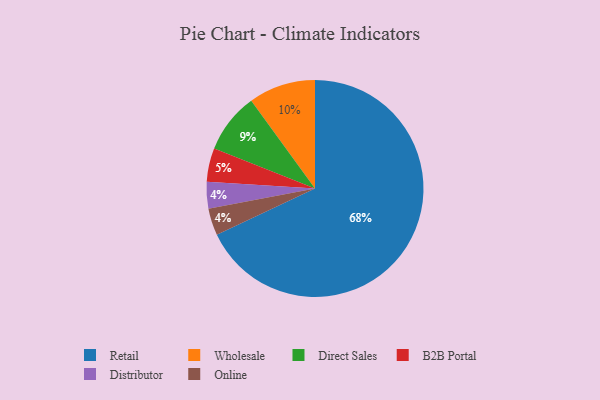
{"axis": {"x": "Category", "y": "Percentage"}, "legend": ["B2B Portal", "Direct Sales", "Distributor", "Online", "Retail", "Wholesale"], "data": [{"x": "Distributor", "y": 4, "type": "Distributor"}, {"x": "Wholesale", "y": 10, "type": "Wholesale"}, {"x": "B2B Portal", "y": 5, "type": "B2B Portal"}, {"x": "Retail", "y": 68, "type": "Retail"}, {"x": "Online", "y": 4, "type": "Online"}, {"x": "Direct Sales", "y": 9, "type": "Direct Sales"}]}